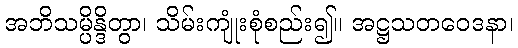
အဘိသမ္ပိန္ဒိတွာ၊ သိမ်းကျုံးစုံစည်း၍။ အဋ္ဌသတဝေဒနာ၊